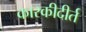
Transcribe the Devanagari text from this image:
कारकीदीर्त